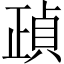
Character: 𣦓